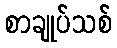
စာချုပ်သစ်